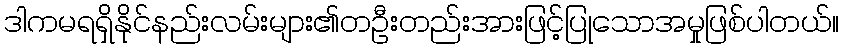
ဒါကမရရှိနိုင်နည်းလမ်းများ၏တဦးတည်းအားဖြင့်ပြုသောအမှုဖြစ်ပါတယ်။